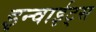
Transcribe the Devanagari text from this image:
इन्वाईट्स